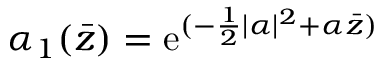
\alpha _ { 1 } ( \bar { z } ) = \mathrm { e } ^ { ( - \frac 1 2 \vert \alpha \vert ^ { 2 } + \alpha { \bar { z } } ) }